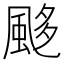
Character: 𩗈